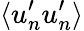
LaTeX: \langle u_{n}^{\prime}u_{n}^{\prime}\rangle